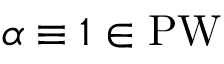
\alpha \equiv 1 \in \operatorname { P W }